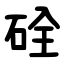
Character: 硂